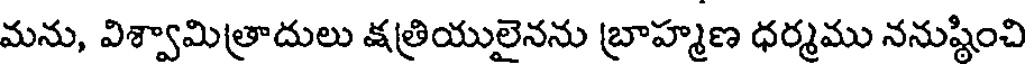
మను, విశ్వామిత్రాదులు క్షత్రియులైనను బ్రాహ్మణ ధర్మము ననుష్టించి